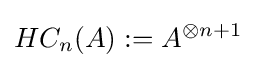
HC_{n}(A):=A^{\otimes n+1}